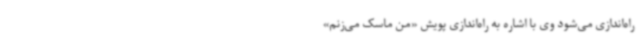
راه‌اندازی می‌شود وی با اشاره به راه‌اندازی پویش «من ماسک می‌زنم»